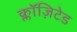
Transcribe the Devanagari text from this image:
क्लॉज़िटेड